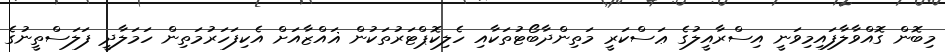
މިބޮން ގޮއްވާލާފައިމިވަނީ އިސްރާއީލުގެ ޢަސްކަރީ މަތިންދާބޯޓުތަކާއި ހެލިކޮޕްޓަރުތަކުން ޣައްޒާއަށް އެކިފަހަރުމަތިން ހަމަލާދީ ފަލަސްތީނުގެ